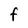
Character: F